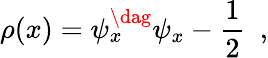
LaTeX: \rho(x)=\psi_{x}^{\dag}\psi_{x}-\frac{1}{2}\ \ ,